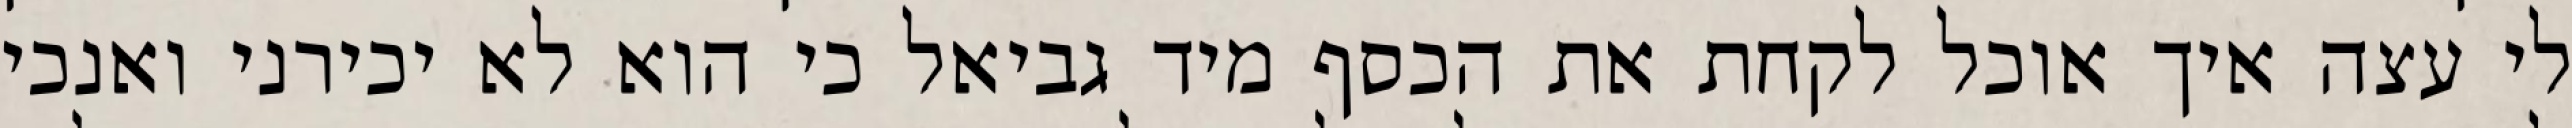
לי עצה איך אוכל לקחת את הכסף מיד גביאל כי הוא לא יכירני ואנכי